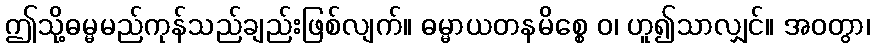
ဤသို့ဓမ္မမည်ကုန်သည်ချည်းဖြစ်လျက်။ ဓမ္မာယတနမိစ္စေ ဝ၊ ဟူ၍သာလျှင်။ အဝတွာ၊